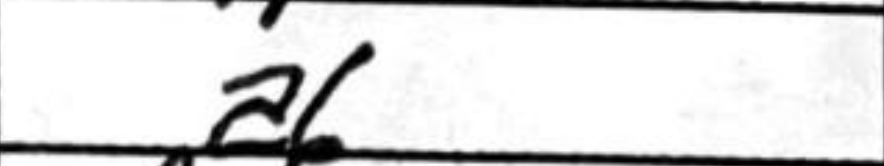
Transcription: a6